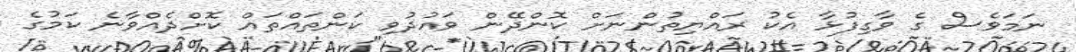
ނަމަވެސް ގެ ވާގިފުޅާ އެކު ރައްޔިތުންނަށް ކޮންދޭން ވައުދުވި ކަންތައްތައް ކޮށްދެއްވާނެ ކަމުގެ